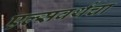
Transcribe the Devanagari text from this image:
एल्सवर्थचा